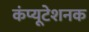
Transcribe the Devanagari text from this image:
कंप्यूटेशनक